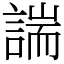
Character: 諯